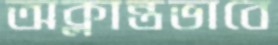
অক্লান্তভাবে